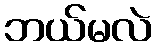
ဘယ်မလဲ